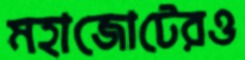
মহাজোটেরও